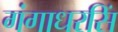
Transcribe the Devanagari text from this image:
गंगाधरसिं